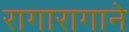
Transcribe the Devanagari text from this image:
रागारागाने